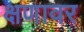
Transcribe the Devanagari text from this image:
क्षणावर